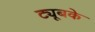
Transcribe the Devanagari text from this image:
ट्यूबके